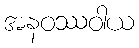
အနဝဿဝါယ